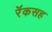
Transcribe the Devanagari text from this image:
रॅकसह